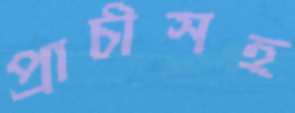
প্রাচীসহ